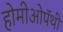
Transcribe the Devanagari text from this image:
होमीओपॅथी